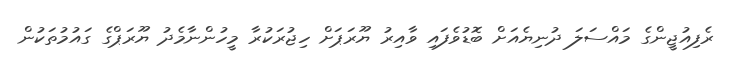
ރެފިއުޖީންގެ މައްސަލަ ދުނިޔެއަށް ބޮޑުވެފައި ވާއިރު ޔޫރަޕަށް ހިޖުރަކުރާ މީހުންނާމެދު ޔޫރަޕްގެ ގައުމުތަކުން